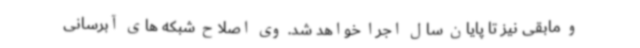
و مابقی نیز تا پایان سال اجرا خواهد شد. وی اصلاح شبکه های آبرسانی